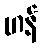
ဟန်